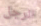
الرجل